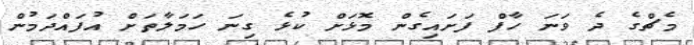
މެޗްގެ ދެ ވަނަ ހާފް ފަށައިގެން މޮޅަށް ކުޅެ ގިނަ ހަމަލާތަށް އުފައްދަމުން